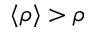
\langle \rho \rangle > \rho